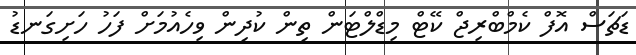
ޑަޗަސް އޮފް ކެމްބްރިޖް ކޭޓް މިޑްލްޓަން ތިން ކުދިން ވިހެއުމަށް ފަހު ހަށިގަނޑު